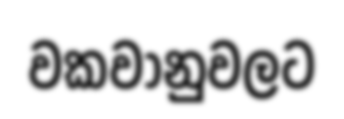
වකවානුවලට